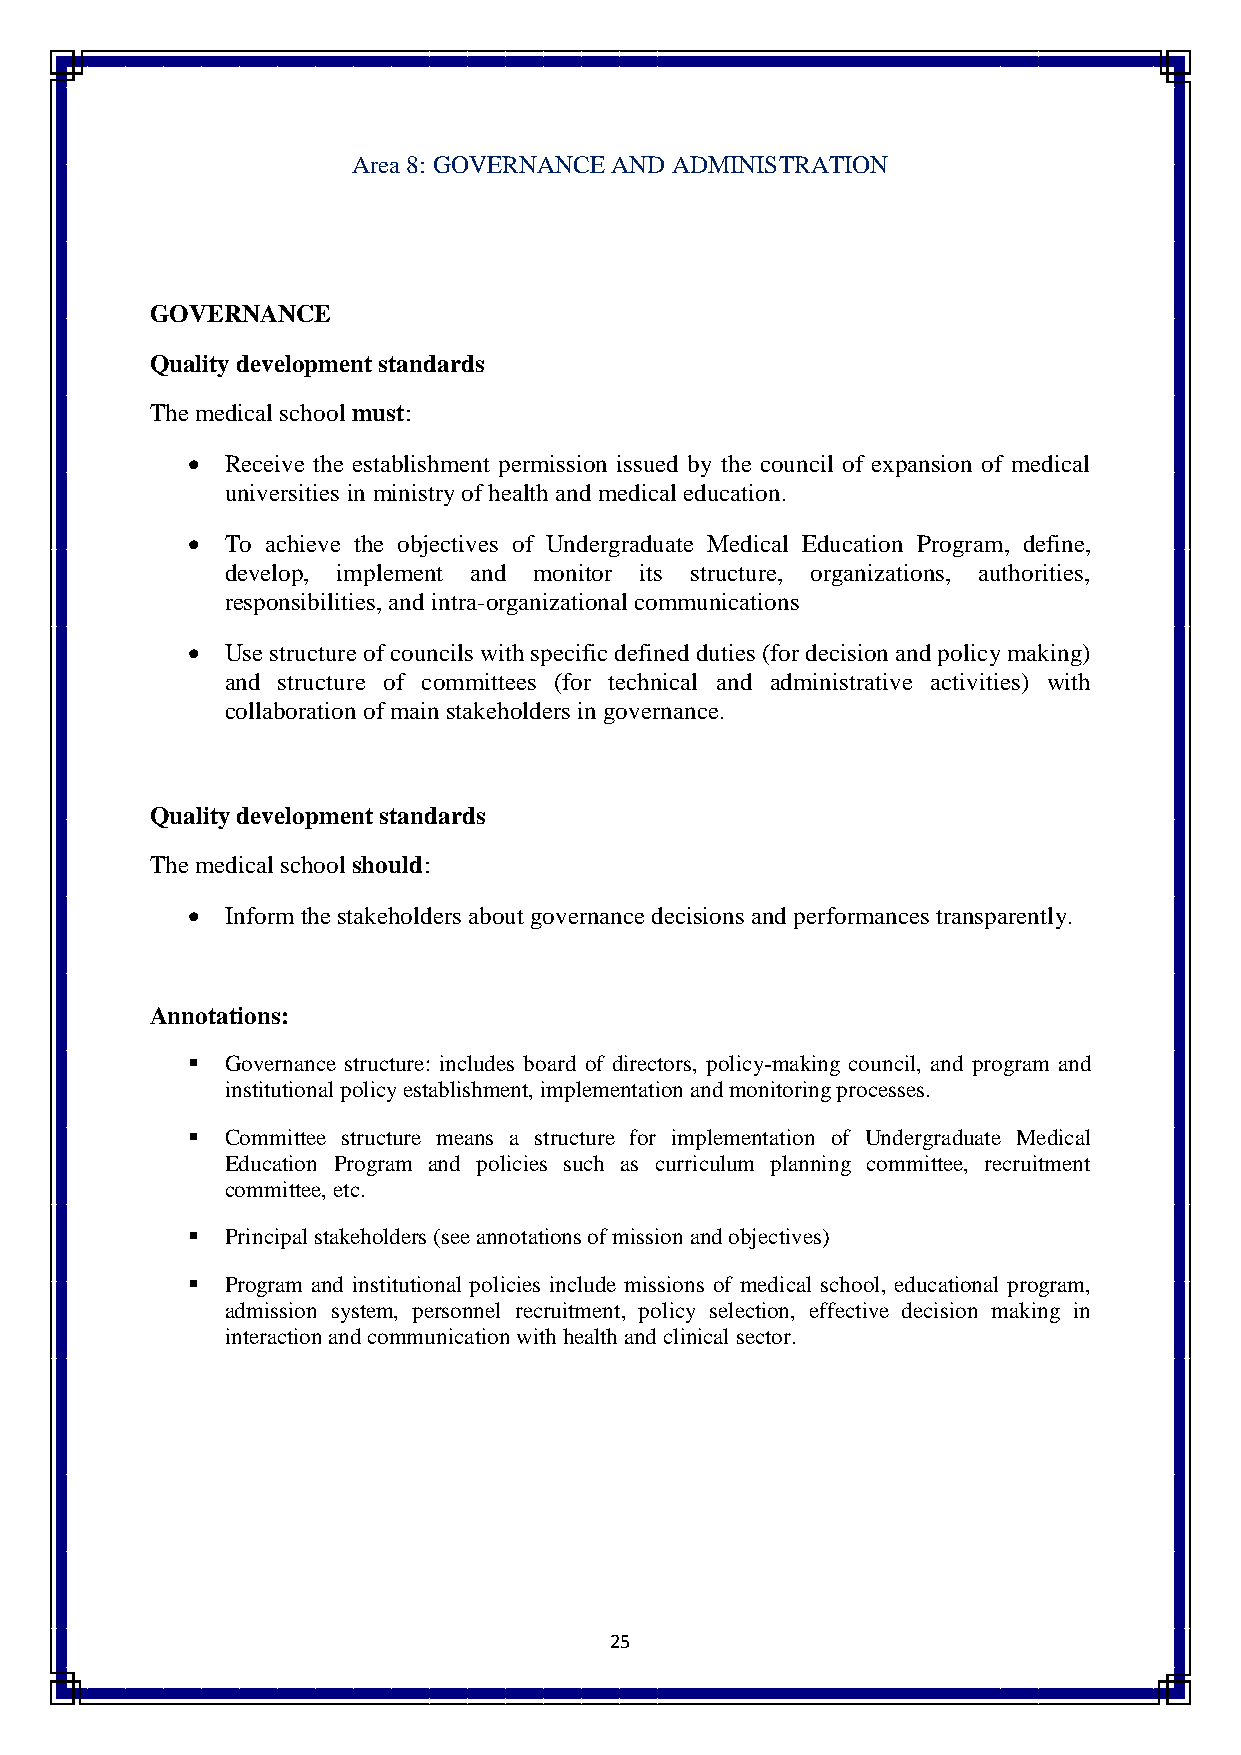
Area 8: GOVERNANCE AND ADMINISTRATION
 GOVERNANCE
 Quality development standards
 The medical school must:
   Receive the establishment permission issued by the council of expansion of medical
 universities in ministry of health and medical education.
   To achieve the objectives of Undergraduate Medical Education Program, define,
 develop, implement and monitor its structure, organizations, authorities,
 responsibilities, and intra-organizational communications
   Use structure of councils with specific defined duties (for decision and policy making)
 and structure of committees (for technical and administrative activities) with
 collaboration of main stakeholders in governance.
 Quality development standards
 The medical school should:
   Inform the stakeholders about governance decisions and performances transparently.
 Annotations:
   Governance structure: includes board of directors, policy-making council, and program and
 institutional policy establishment, implementation and monitoring processes.
   Committee structure means a structure for implementation of Undergraduate Medical
 Education Program and policies such as curriculum planning committee, recruitment
 committee, etc.
   Principal stakeholders (see annotations of mission and objectives)
   Program and institutional policies include missions of medical school, educational program,
 admission system, personnel recruitment, policy selection, effective decision making in
 interaction and communication with health and clinical sector.
 25